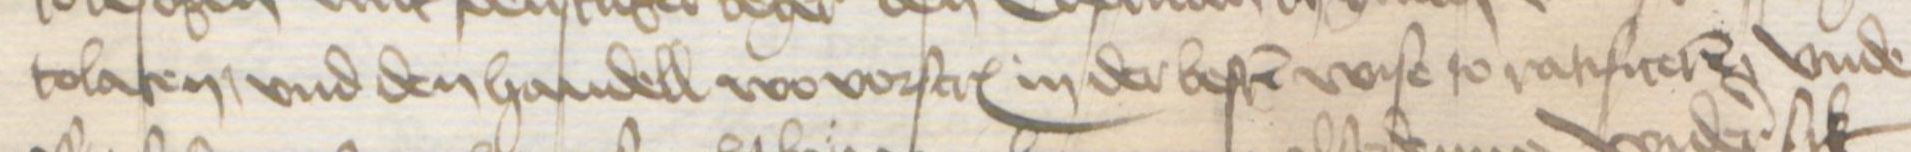
tolaten, vnd den handell wo vorscreuen in der besten wise to ratificeren vnde